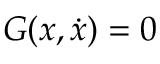
G ( x , { \dot { x } } ) = 0